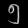
Digit: ၅